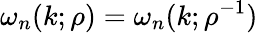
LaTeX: \omega_{n}(k;\rho)=\omega_{n}(k;\rho^{-1})